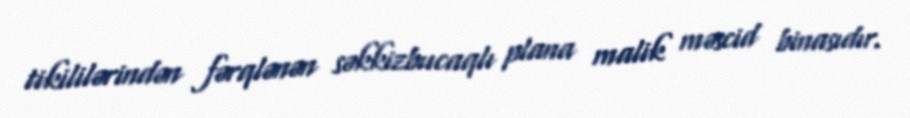
tikililərindən fərqlənən səkkizbucaqlı plana malik məscid binasıdır.